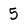
Character: 5